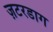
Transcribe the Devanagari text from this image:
ज़टरडाग